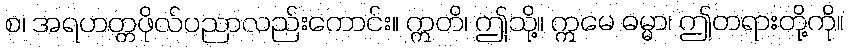
စ၊ အရဟတ္တဖိုလ်ပညာလည်းကောင်း။ ဣတိ၊ ဤသို့။ ဣမေ ဓမ္မာ၊ ဤတရားတို့ကို။